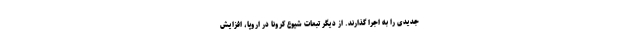
جدیدی را به اجرا گذارند. از دیگر تبعات شیوع کرونا در اروپا، افزایش